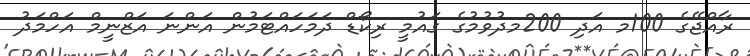
ރާއްޖޭގެ 100މ އަދި 200މދުވުމުގެ ގައުމީ ރިކޯޑް ދަމަހައްޓަމުން އަންނަ އަޒްނީމް އަހްމަދު